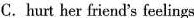
C. hurt her friend's feelings